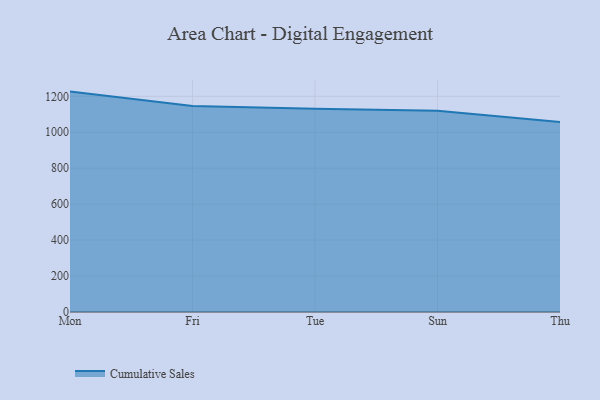
{"axis": {"x": "Day", "y": "Gross Profit (USD K)"}, "legend": ["Cumulative Sales"], "data": [{"x": "Mon", "y": 1226.4, "type": "Cumulative Sales"}, {"x": "Fri", "y": 1146.3, "type": "Cumulative Sales"}, {"x": "Tue", "y": 1131.1, "type": "Cumulative Sales"}, {"x": "Sun", "y": 1119.3, "type": "Cumulative Sales"}, {"x": "Thu", "y": 1056.7, "type": "Cumulative Sales"}]}